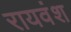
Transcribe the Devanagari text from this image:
रायवंश